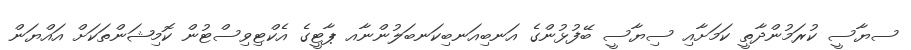
ސޔާސީ ކުރަމުންދާތީ ކަމަށާއި ސިޔާސީ ބޭފުޅުންގެ އަނބިއަނބިކަނބަލުންނާއ ޕާޓީގެ އެކްޓިވިސްޓުން ކޮމިޝަންތަކަށް އައްޔަން